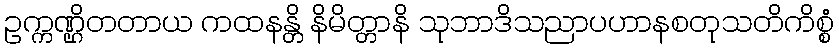
ဥက္ကဏ္ဌိတတာယ ကထနန္တိ နိမိတ္တာနိ သုဘာဒိသညာပဟာနစတုသတိကိစ္စံ